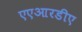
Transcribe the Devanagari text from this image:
एएआरडीए